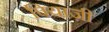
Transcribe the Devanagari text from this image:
पियाज़ी